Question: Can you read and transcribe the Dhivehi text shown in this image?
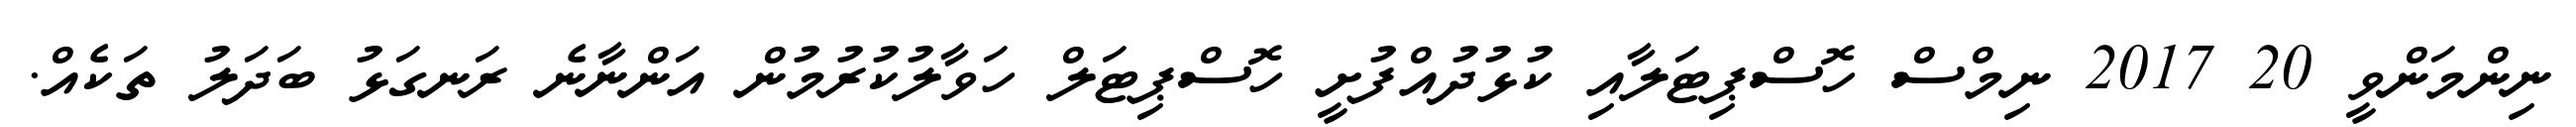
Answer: ނިންމަންވީ 20 2017 ނިމްސް ހޮސްޕިޓަލާއި ކުޅުދުއްފުށީ ހޮސްޕިޓަލް ހަވާލުކުރުމުން އަންނާނެ ރަނގަޅު ބަދަލު ތަކެއް.